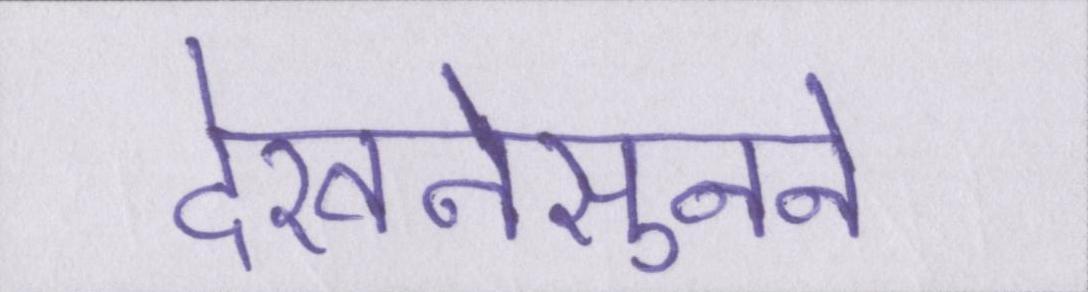
देखनेसुनने